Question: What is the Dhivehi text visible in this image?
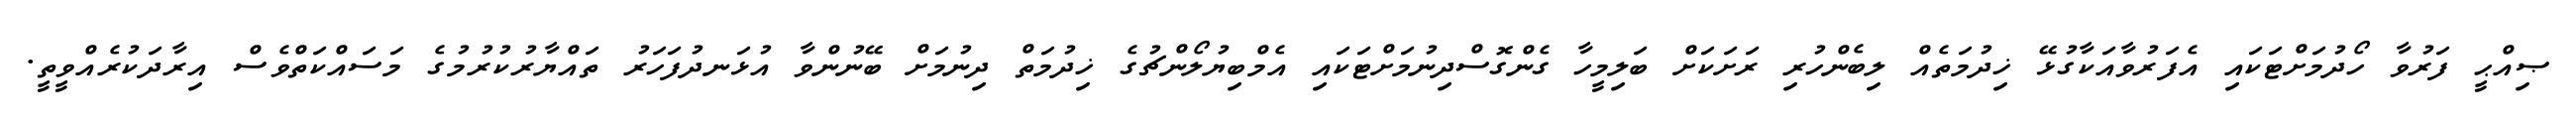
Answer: ޞިއްޙީ ފަރުވާ ހޯދުމަށްޓަކައި އެފަރުވާއަކާގުޅޭ ޚިދުމަތެއް ލިބެންހުރި ރަށަކަށް ބަލިމީހާ ގެންގޮސްދިނުމަށްޓަކައި އެމްބިޔުލޯންޗުގެ ޚިދުމަތް ދިނުމަށް ބޭނުންވާ އުޅަނދުފަހަރު ތައްޔާރުކުރުމުގެ މަސައްކަތްވެސް އިރާދަކުރެއްވީތީ.